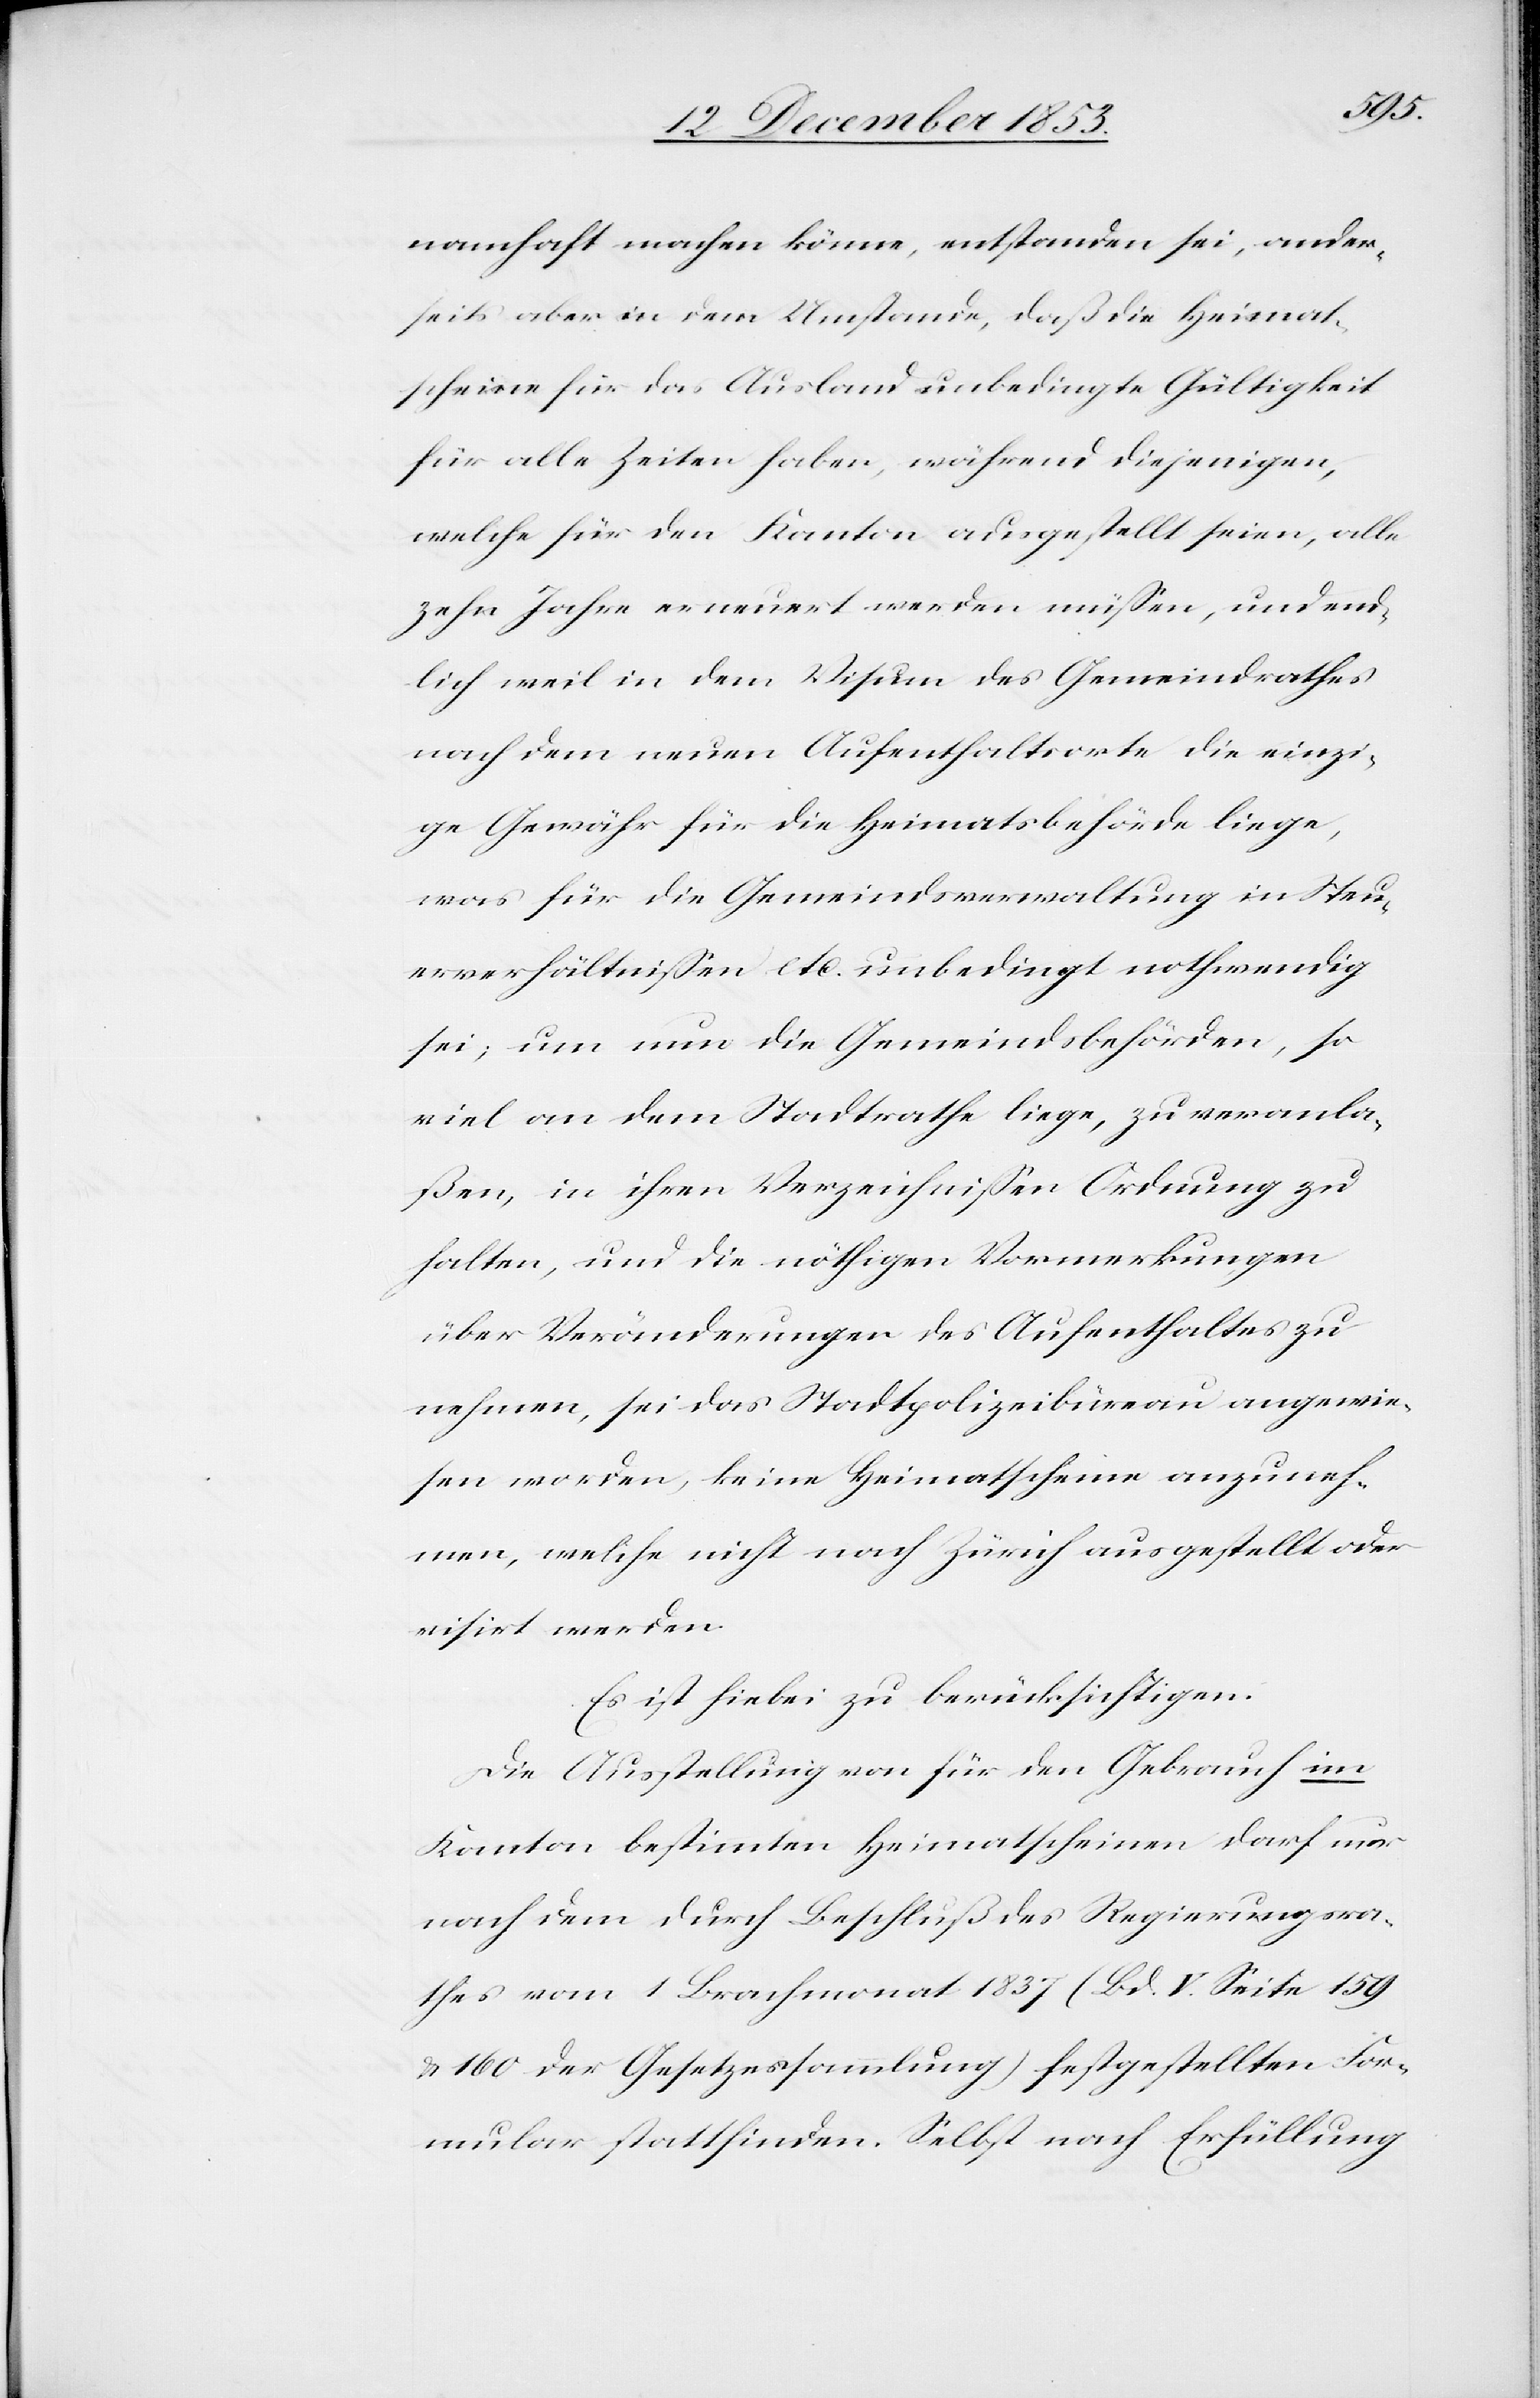
ist
namhaft machen könne, entstanden sei, ander¬
seits aber in dem Umstande, daß die Heimat¬
scheine für das Ausland unbedingte Gültigkeit
für alle Zeiten haben, während diejenigen,
welche für den Kanton ausgestellt seien, alle
zehn Jahre erneuert werden müßen, und end¬
lich weil in dem Visum des Gemeindrathes
nach dem neuen Aufenthaltsorte die einzi¬
ge Gewähr für die Heimatsbehörde liege,
was für die Gemeindsverwaltung in Steu¬
erverhältnißen etc. unbedingt nothwendig
sei; um nun die Gemeindsbehörden, so
viel an dem Stadtrathe liege, zu veranla¬
ßen, in ihren Verzeichnißen Ordnung zu
halten, und die nöthigen Vormerkungen
über Veränderungen des Aufenthaltes zu
nehmen, sei das Stadtpolizeibüreau angewie¬
sen worden, keine Heimatscheine anzuneh¬
men, welche nicht nach Zürich ausgestellt oder
visirt werden.
Die Ausstellung von für den Gebrauch im
Kanton bestimmten Heimatscheinen darf nur
nach dem durch Beschluß des Regierungsra¬
thes vom 1 Brachmonat 1837 (Bd. V. Seite 159
u. 160 der Gesetzessammlung) festgestellten For¬
mular stattfinden. Selbst nach Erfüllung